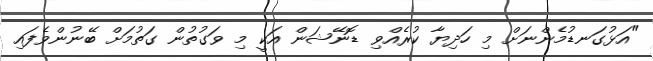
"އަޅުގަނޑުމެންނަށް މި ހަދިޔާ ކުރެއްވި ޑޮނޭޝަން އަކީ މި ވަގުތުން ގަތުމަށް ބޭނުންވެފައި